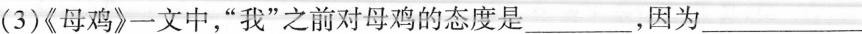
(3)《母鸡》一文中，”我”之前对母鸡的态度是___ ，因为___